Annual report of the Punjab Veterinary College and of the Civil Veterinary Department, Punjab - 1909-1919
Year: 1909
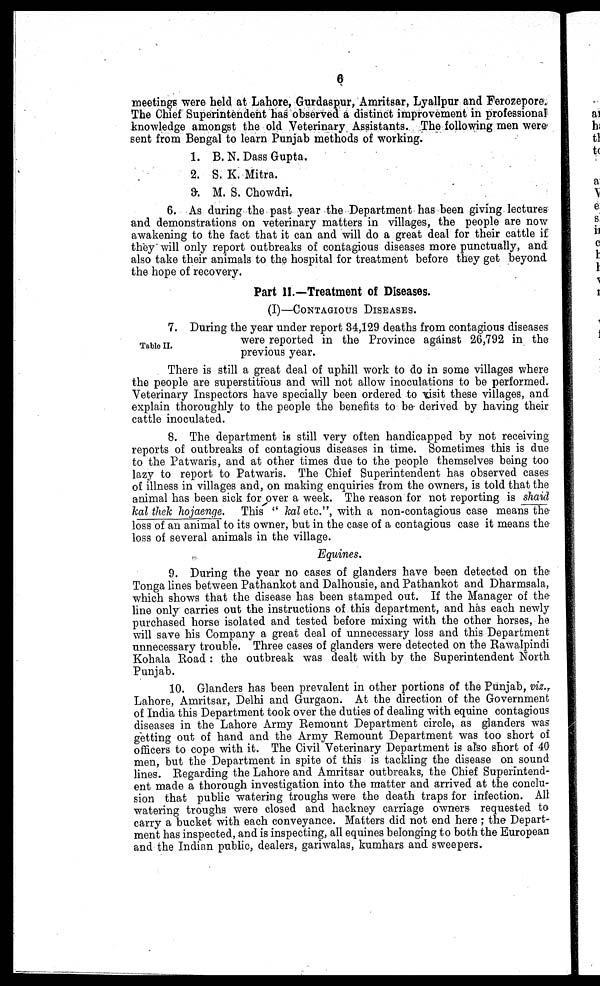
6
meetings were held at Lahore, Gurdaspur, Amritsar, Lyallpur and Ferozepore.
The Chief Superintendent has observed a distinct improvement in professional
knowledge amongst the old Veterinary Assistants. The following men were
sent from Bengal to learn Punjab methods of working.
1.
2.
3.
B. N. Dass Gupta.
S. K. Mitra.
M. S. Chowdri.
6. As during the past year the Department has been giving lectures
and demonstrations on veterinary matters in villages, the people are now
awakening to the fact that it can and will do a great deal for their cattle if
they" will only report outbreaks of contagious diseases more punctually, and
also take their animals to the hospital for treatment before they get beyond
the hope of recovery.
Part II.—Treatment of Diseases.
(I)—CONTAGIOUS DISEASES.
Table II.
7. During the year under report 34,129 deaths from contagious diseases
were reported in the Province against 26,792 in the
previous year.
There is still a great deal of uphill work to do in some villages where
the people are superstitious and will not allow inoculations to be performed.
Veterinary Inspectors have specially been ordered to visit these villages, and
explain thoroughly to the people the benefits to be derived by having their
cattle inoculated.
8. The department is still very often handicapped by not receiving
reports of outbreaks of contagious diseases in time. Sometimes this is due
to the Patwaris, and at other times due to the people themselves being too
lazy to report to Patwaris. The Chief Superintendent has observed cases
of illness in villages and, on making enquiries from the owners, is told that the
animal has been sick for over a week. The reason for not reporting is shaid
kal thek hojaenge. This "kal etc.", with a non-contagious case means the
loss of an animal to its owner, but in the case of a contagious case it means the
loss of several animals in the village.
Equines.
9. During the year no cases of glanders have been detected on the
Tonga lines between Pathankot and Dalhousie, and Pathankot and Dharmsala,
which shows that the disease has been stamped out. If the Manager of the
line only carries out the instructions of this department, and has each newly
purchased horse isolated and tested before mixing with the other horses, he
will save his Company a great deal of unnecessary loss and this Department
unnecessary trouble. Three cases of glanders were detected on the Rawalpindi
Kohala Road: the outbreak was dealt with by the Superintendent North
Punjab.
10. Glanders has been prevalent in other portions of the Punjab, viz.,
Lahore, Amritsar, Delhi and Gurgaon. At the direction of the Government
of India this Department took over the duties of dealing with equine contagious
diseases in the Lahore Army Remount Department circle, as glanders was
getting out of hand and the Army Remount Department was too short of
officers to cope with it. The Civil Veterinary Department is also short of 40
men, but the Department in spite of this is tackling the disease on sound
lines. Regarding the Lahore and Amritsar outbreaks, the Chief Superintend-
ent made a thorough investigation into the matter and arrived at the conclu-
sion that public watering troughs were the death traps for infection. All
watering troughs were closed and hackney carriage owners requested to
carry a bucket with each conveyance. Matters did not end here; the Depart-
ment has inspected, and is inspecting, all equines belonging to both the European
and the Indian public, dealers, gariwalas, kumhars and sweepers.